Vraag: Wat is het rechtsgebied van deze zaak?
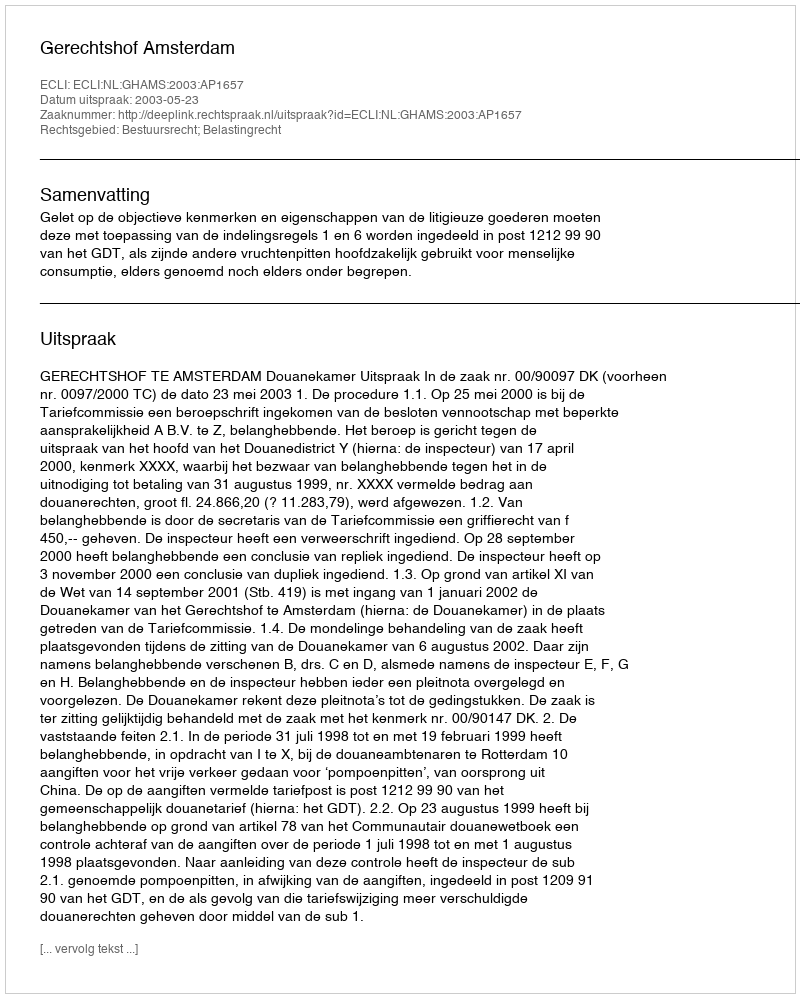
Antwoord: Bestuursrecht; Belastingrecht